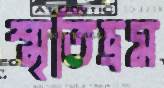
স্মৃতিভ্রম